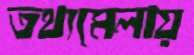
তথ্যমেলায়